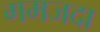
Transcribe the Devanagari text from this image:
गमजदा